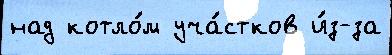
над котло́м уча́стков и́з-за